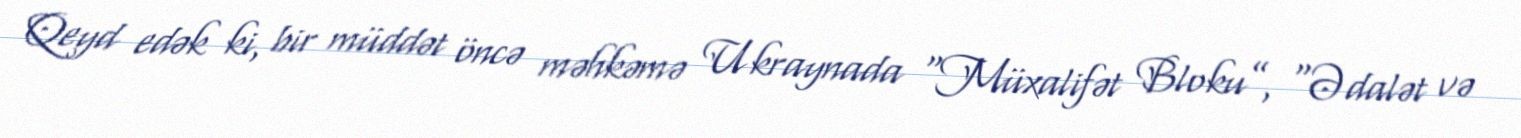
Qeyd edək ki, bir müddət öncə məhkəmə Ukraynada “Müxalifət Bloku”, "Ədalət və